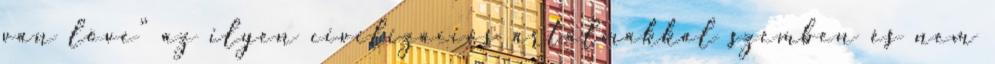
van lõve” az ilyen civilizációs ártalmakkal szemben és nem